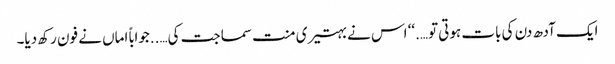
ایک آدھ دن کی بات ہوتی تو….‘‘ اس نے بہتیری منت سماجت کی…..جواباً اماں نے فون رکھ دیا۔